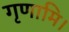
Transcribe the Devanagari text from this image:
गृणामि।